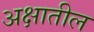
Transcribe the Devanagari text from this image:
अक्षातील